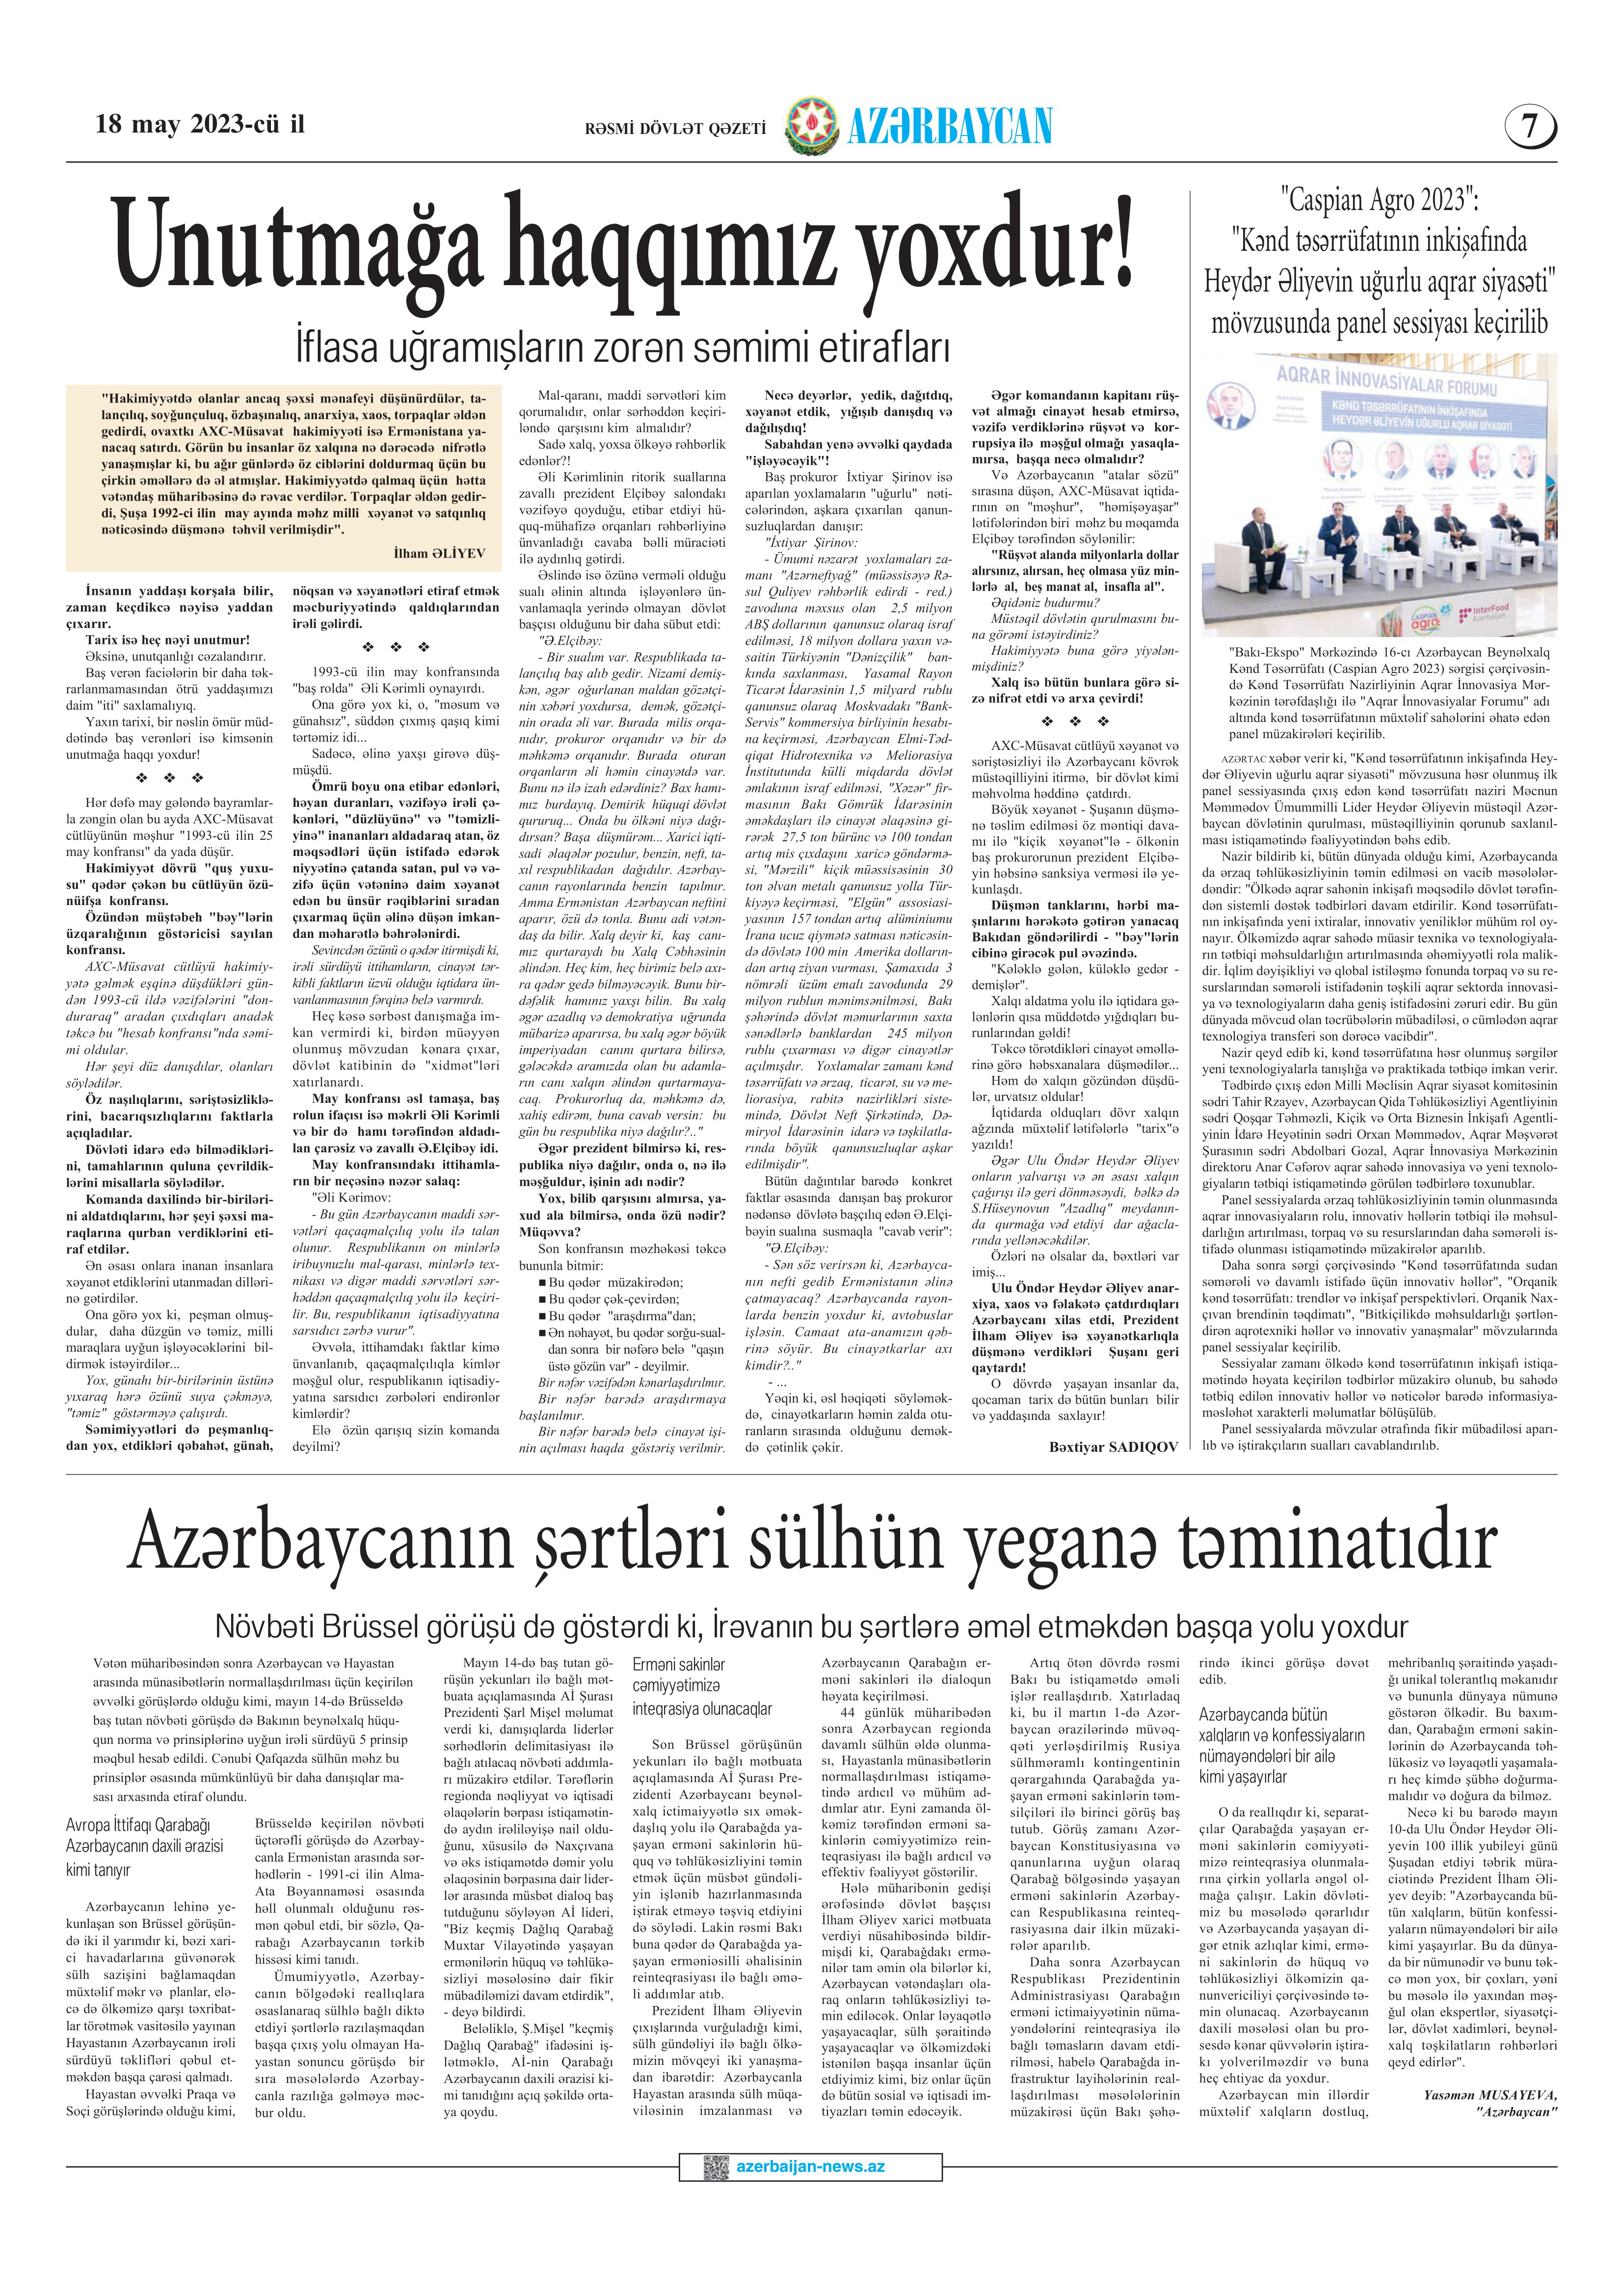
Language: az